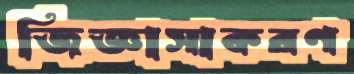
জিজ্ঞাসাকরণ